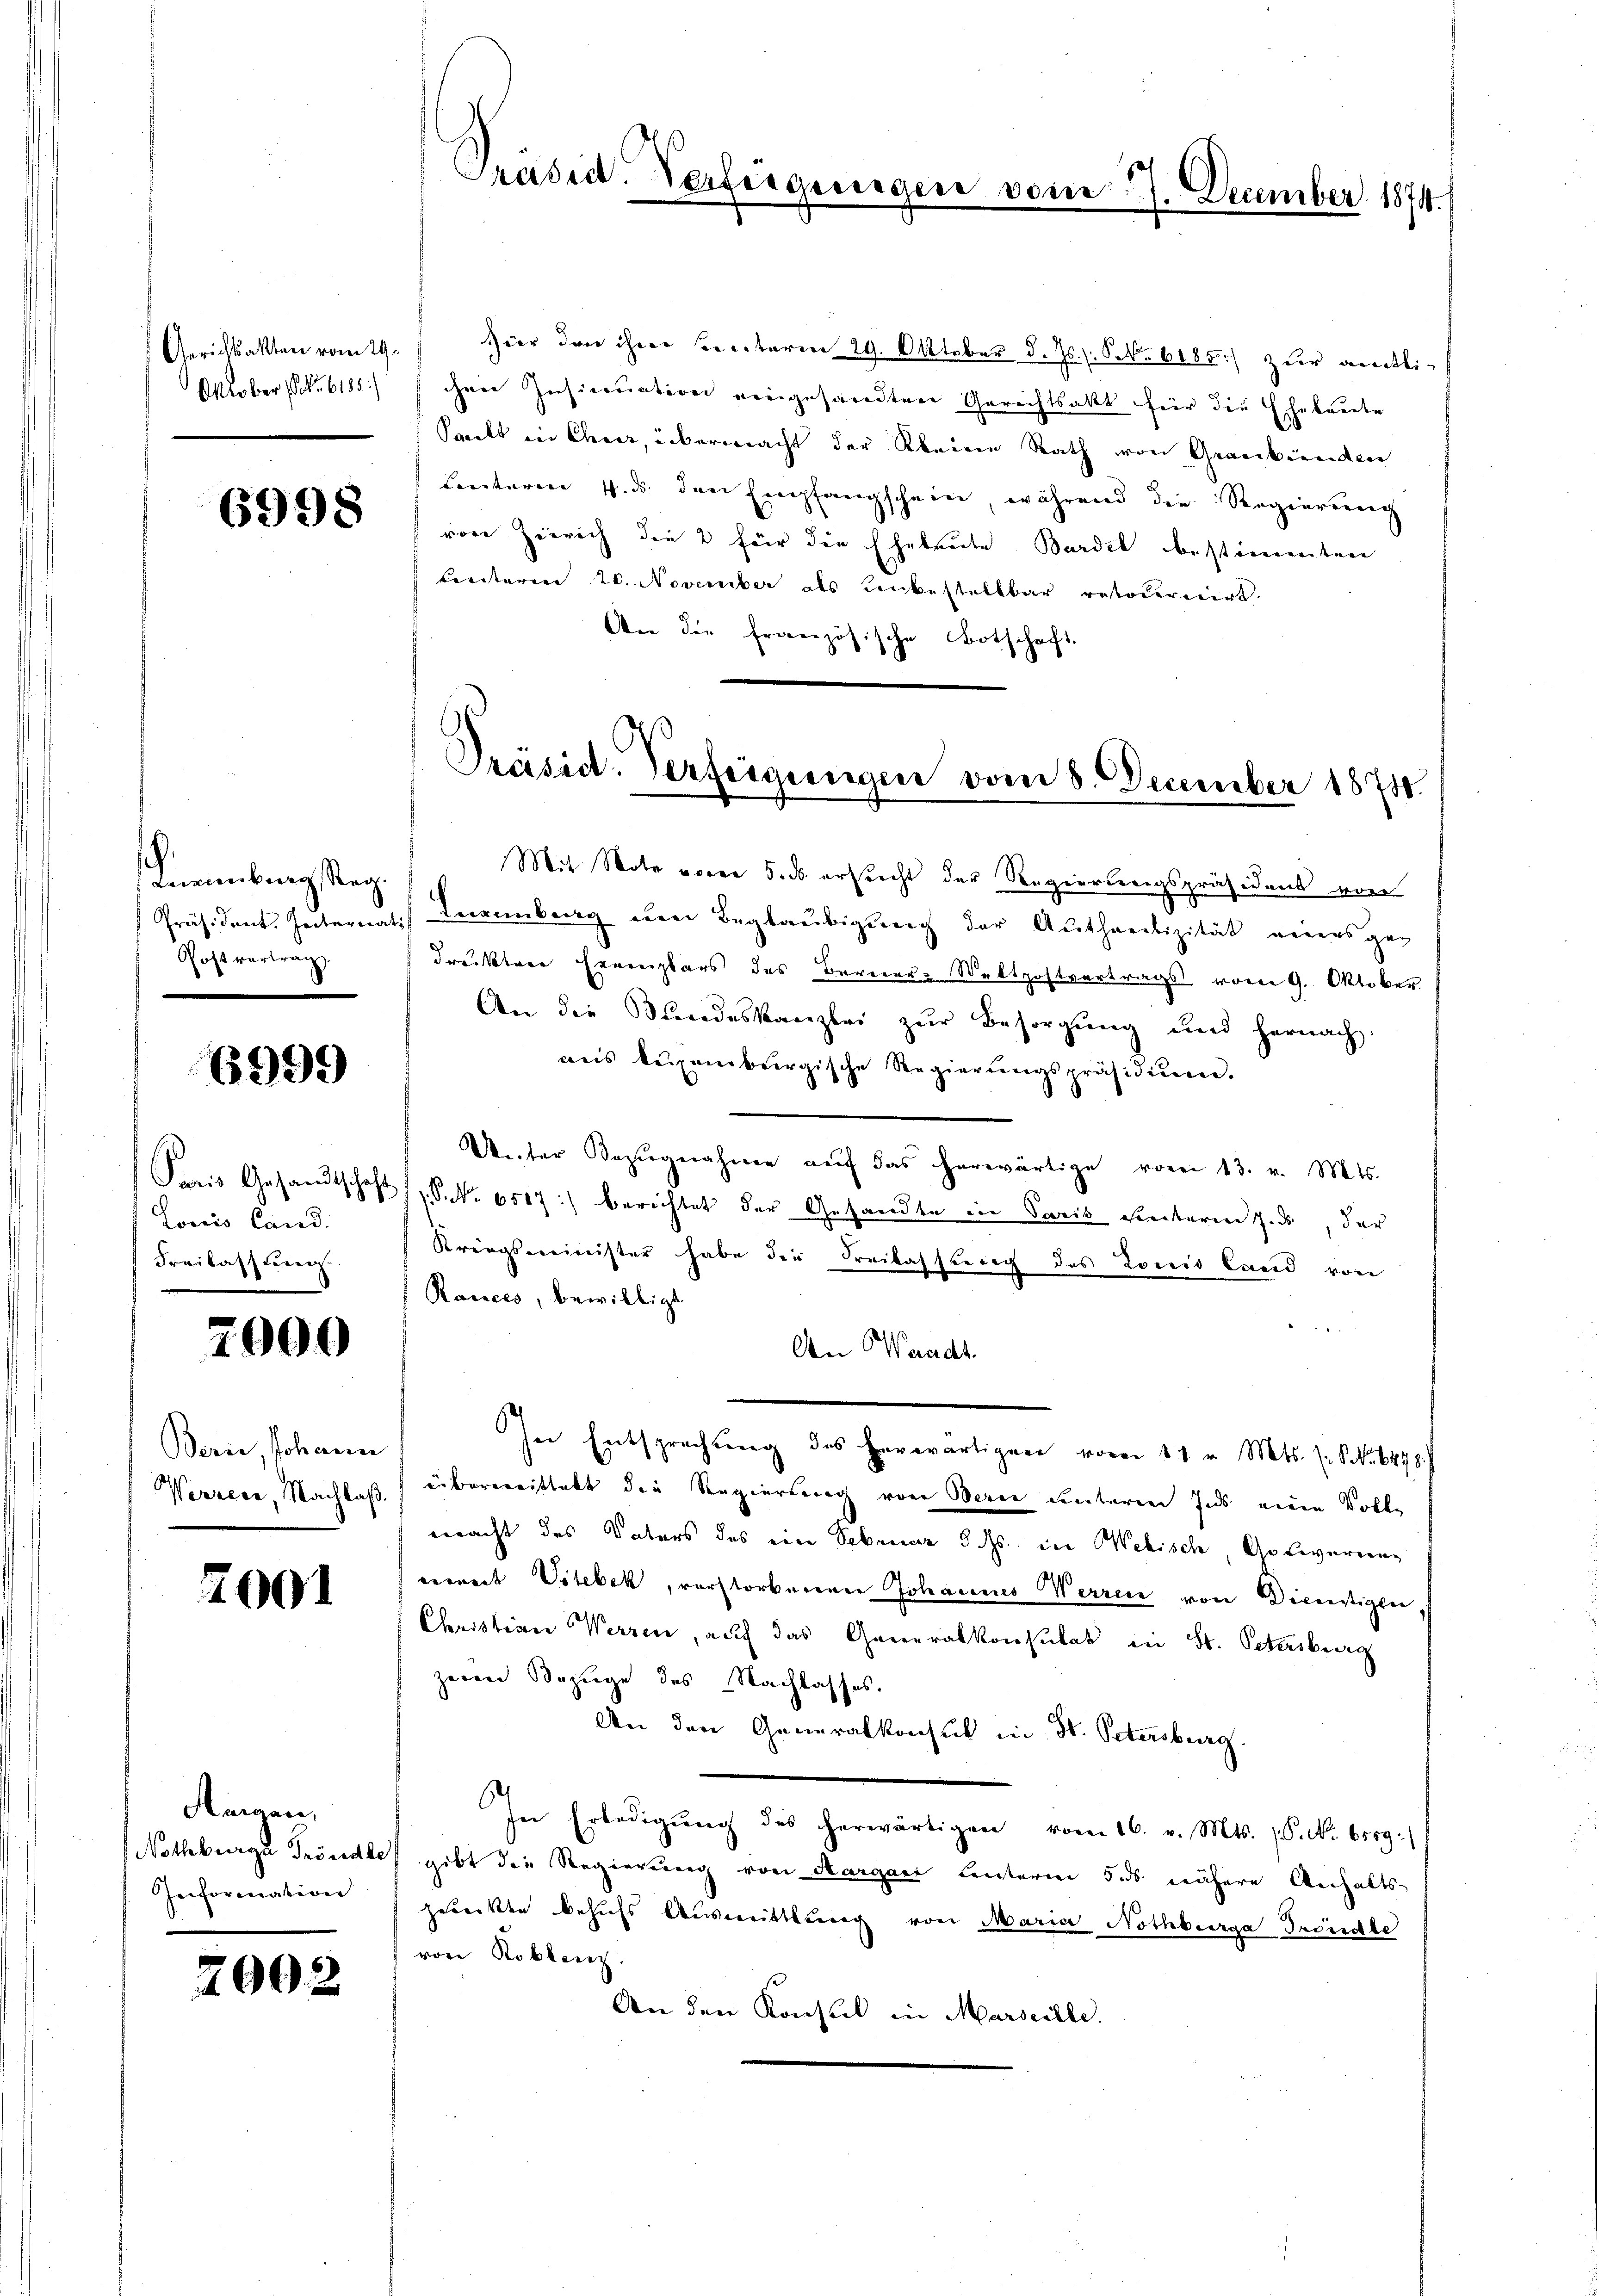
Gerichtsakten vom 29.
Oktober (S. 6185)

6998

.
Lainburg, Reg. |
Postvertrag.

6999

Paris Gesandtschaft
Loris Cand.
Freilassung.

2000

Bern, Johann
Wernere, Nachlaß.

2001

Mangen,
Nothbarge Tröndle
Ieiformation
i

2002

Präsid. Verfeiger

Ger

Hier den ihrer Secetaren 29. Oktober d. Js. s. NNo. 6185) zur Leitlichen Insinuation eingesandten Gerichtsakt für die Eheleute
Sailt in Chur, übermacht der Kleinen Rath von Graubünden
Lentarien 4. d. den Empfangschein, während die Regierung
von Zürich die 2 für die Eheleute Bardel bestimmten
Creiteren 20. November als unbestellbar retodernirt.
An die Französische Botschaft.

Mit Note vorce 5. ds. ersrecht der Regierungspräsident von
Präsident. Internati Neuenburg den Beglaŭbigŭng der Aŭthaelizität eines ge-
drucktere Ernenplars des Berner-Weltpostvertrags vom 9. Oktober
An die Bundeskanzlei zur Besorgung und hernach,
aus Luxenburgische Regierŭngspräsidiŭm.
Unter Bezugnahme aŭf das herwärtige vom 13. v. Mts.
S.N. 6507) berichtet der Gesandte in Paris einbaren J. ds, der
Kriegsminister habe die Freitaltung des Louis land von
Rances, bewilligt.
An Waadt.

In Entsprechung des herwärtigen vom 11. v. Mts. s. S. 498
übergerittelt die Regierung von Bern untere Ins einen Volke
macht das Vaters das eine Sebener d. Js. in Webisch Gelierung
erweit Vitebek, verstorbenen Johannes Werren von Dienstigkei
Christian Werren, auf das Generalkonsulat in St. Petersburg
zeren Bezuge des Nachlasses.
An den Generalkonsul in St. Petersburg.
In Erledigŭng des herwärtigen vom 16. v. Mts. (P. Nr. 6559:
gibt die Regierung von Aargau Leuterm 5 des nähere Anhalts-
gewißen behufs Ausmittlung von Maria Nothburg Tröndle
von Koblenz.
An den Konsul in Marseille.

voren 7. December 1874.

Präsid. Verfeigungen vom 8. December 1874.